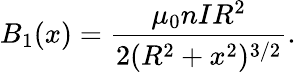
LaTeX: B_{1}(x)={\frac{\mu_{0}nIR^{2}}{2(R^{2}+x^{2})^{3/2}}}.